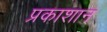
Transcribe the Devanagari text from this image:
प्रकाशान